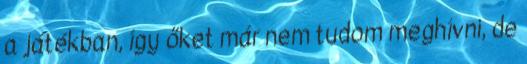
a játékban, így őket már nem tudom meghívni, de